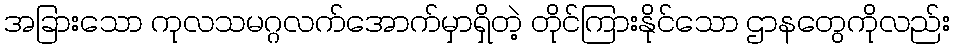
အခြားသော ကုလသမဂ္ဂလက်အောက်မှာရှိတဲ့ တိုင်ကြားနိုင်သော ဌာနတွေကိုလည်း